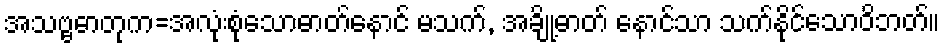
အသဗ္ဗဓာတုက=အလုံးစုံသောဓာတ်နောင် မသက်, အချို့ဓာတ် နောင်သာ သက်နိုင်သောဝိဘတ်။